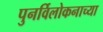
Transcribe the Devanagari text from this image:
पुनर्विलोकनाच्या